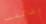
وظائفنا